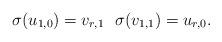
LaTeX: \begin{align*}\sigma(u_{1,0})=v_{r,1}~~\sigma(v_{1,1})=u_{r,0}.\end{align*}